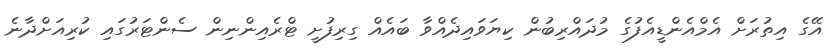
އޭގެ އިތުރަށް އެމްއެންޑީއެފުގެ މުދައްރިބުން ކިޔަވައިދެއްވާ ބައެއް ގިރިފުށީ ޓްރެއިންނިން ސެންޓަރުގައި ކުރިއަށްދާނެ